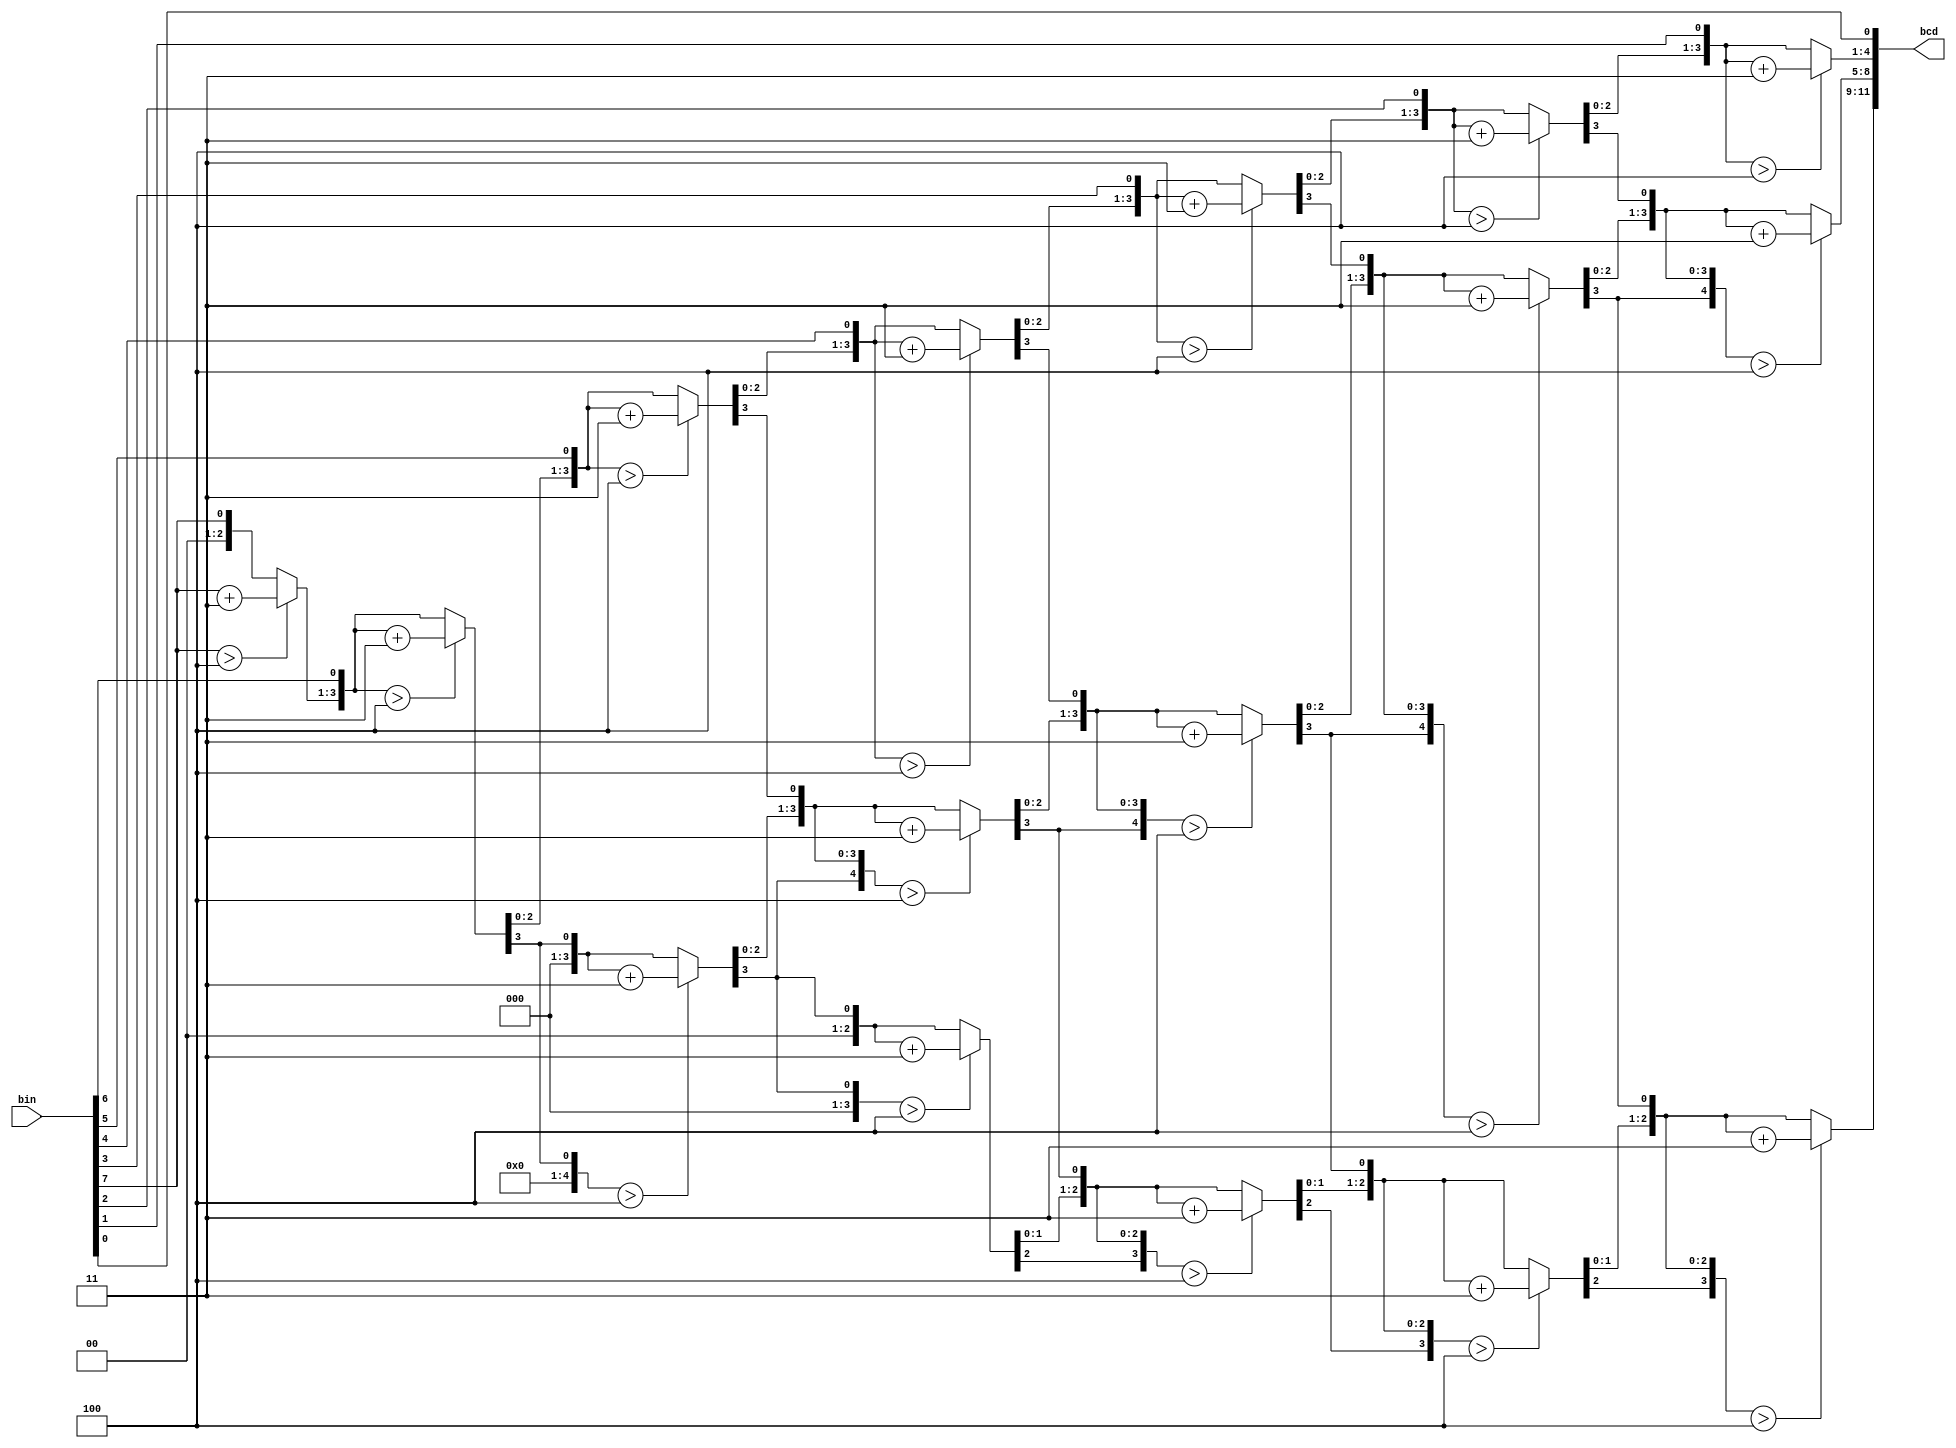
module bin_to_BCD(
   input [7:0] bin,
     output reg [11:0] bcd
    );
     integer i;   
     //Double Dabble algorithm
     always @(bin)
        begin
            bcd = 0; 
            for (i = 0; i < 8; i = i+1) 
            begin
                bcd = {bcd[10:0],bin[7-i]}; 
                if(i < 7 && bcd[3:0] > 4) 
                    bcd[3:0] = bcd[3:0] + 3;
                if(i < 7 && bcd[D7:4] > 4)
                    bcd[7:4] = bcd[7:4] + 3;
                if(i < 7 && bcd[11:8] > 4)
                    bcd[11:8] = bcd[11:8] + 3;  
            end
        end         
endmodule